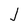
Character: J